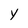
Character: Y